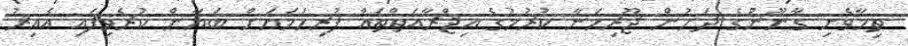
ތިމާވެށި ގާނޫނުގެ ދަށުން ޖޫރިމަނާ ކުރުމުގެ އިޖްރާއަތްތައް ފުރިހަމަޔަށް ބަޔާން ކުރެވިފައި އެއިރު